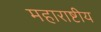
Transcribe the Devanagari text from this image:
महाराष्टीय